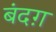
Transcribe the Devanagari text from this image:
बंदग़